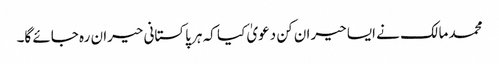
محمد مالک نے ایسا حیران کن دعویٰ کیا کہ ہر پاکستانی حیران رہ جائے گا۔